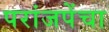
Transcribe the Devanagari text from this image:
परांजपेंचा